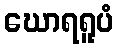
ဃောရရူပံ